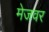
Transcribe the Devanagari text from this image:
मेजवर